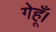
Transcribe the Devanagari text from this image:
गेहूँ।